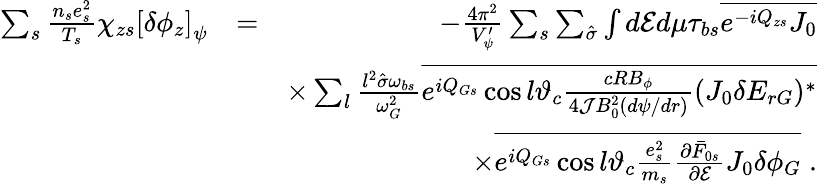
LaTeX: \begin{array}{rlr}{\sum_{s}\frac{n_{s}e_{s}^{2}}{T_{s}}\chi_{zs}\left[\delta\phi_{z}\right]_{\psi}}&{=}&{-\frac{4\pi^{2}}{V_{\psi}^{\prime}}\sum_{s}\sum_{\hat{\sigma}}\int d\mathcal{E}d\mu\tau_{bs}\overline{{e^{-iQ_{zs}}J_{0}}}}\\ &{}&{\times\sum_{l}\frac{l^{2}\hat{\sigma}\omega_{bs}}{\omega_{G}^{2}}\overline{{e^{iQ_{Gs}}\cos l\vartheta_{c}\frac{cRB_{\phi}}{4{\cal J}B_{0}^{2}(d\psi/dr)}(J_{0}\delta E_{rG})^{*}}}}\\ &{}&{\times\overline{{e^{iQ_{Gs}}\cos l\vartheta_{c}\frac{e_{s}^{2}}{m_{s}}\frac{\partial\bar{F}_{0s}}{\partial\mathcal{E}}J_{0}\delta\phi_{G}}}\; .}\end{array}